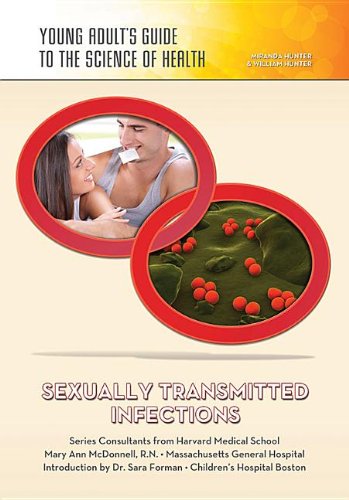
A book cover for Sexually Transmitted Infections (Young Adult's Guide to the Science of Health); Miranda Hunter; Teen & Young Adult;